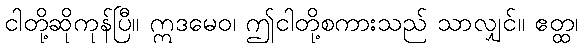
ငါတို့ဆိုကုန်ပြီ။ ဣဒမေဝ၊ ဤငါတို့စကားသည် သာလျှင်။ ဧတ္ထ၊